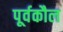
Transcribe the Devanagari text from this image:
पूर्वकौल